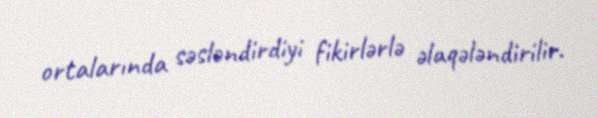
ortalarında səsləndirdiyi fikirlərlə əlaqələndirilir.